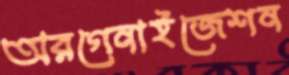
অরগেনাইজেশন